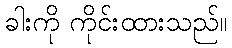
ခါးကို ကိုင်းထားသည်။